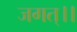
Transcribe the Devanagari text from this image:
जगत्।।